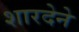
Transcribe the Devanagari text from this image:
शारदेने